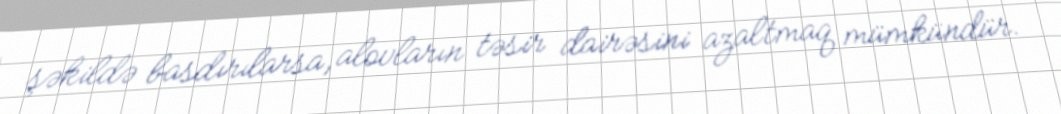
şəkildə basdırılarsa, alovların təsir dairəsini azaltmaq mümkündür.